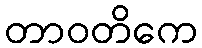
တာဝတိကေ